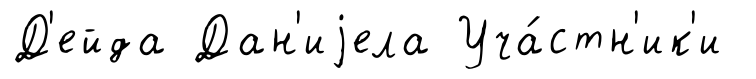
Д'ейда Дан'иjела Уча́стн'ик'и